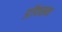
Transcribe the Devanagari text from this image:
डॉयसन